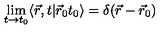
\lim _ { t \rightarrow t _ { 0 } } \langle \vec { r } , t \vert \vec { r } _ { 0 } t _ { 0 } \rangle = \delta ( \vec { r } - \vec { r } _ { 0 } )